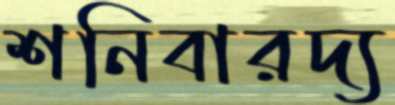
শনিবারদ্য